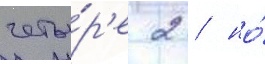
четы́р'е 2 / но́